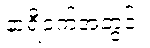
နာရီဝက်အတွင်း